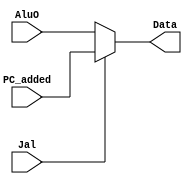
`timescale 1ns / 1ps
//////////////////////////////////////////////////////////////////////////////////
// Company: CMPEN 331
// 
// Design Name: 
// Module Name: JalChoose
// Project Name: 
// Target Devices: 
// Tool Versions: 
// Description: 
// 
// Dependencies: 
// 
// Revision:
// Revision 0.01 - File Created
// Additional Comments:
// 
//////////////////////////////////////////////////////////////////////////////////


module JalChoose(AluO, PC_added, Jal, Data);

input [31:0] AluO, PC_added;
input Jal;
output [31:0] Data;

assign Data = (Jal == 1)? PC_added : AluO;

endmodule